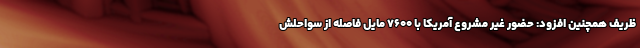
ظریف همچنین افزود: حضور غیر مشروع آمریکا با ۷۶۰۰ مایل فاصله از سواحلش